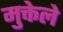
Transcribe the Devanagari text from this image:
मुक्तेले